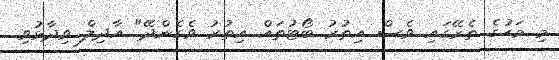
މި މަހުގެ ތެރޭގައި ވެސް އިތުރު ބޯޓުތައް އިތުރު ވެގެންދޭ" އާދިލް ވިދާޅުވި